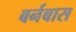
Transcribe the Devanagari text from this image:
बर्नबास